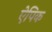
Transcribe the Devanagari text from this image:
ऐपिक